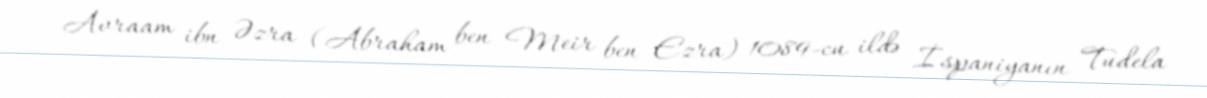
Avraam ibn Əzra (Abraham ben Meir ben Ezra) 1089-cu ildə İspaniyanın Tudela